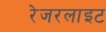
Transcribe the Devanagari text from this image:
रेजरलाइट